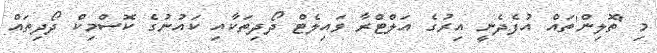
މި 'ތޮލިން'ތައް އުފެދެނީ އިރުގެ އަލްޓްރާ ވައިލެޓް ދޯދިތަކާއި ކައުނުގެ ކޮސްމިކް ދޯދިތައް